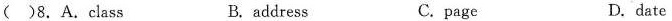
()8. A. Class B. address C.page D.date